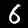
Digit: 6